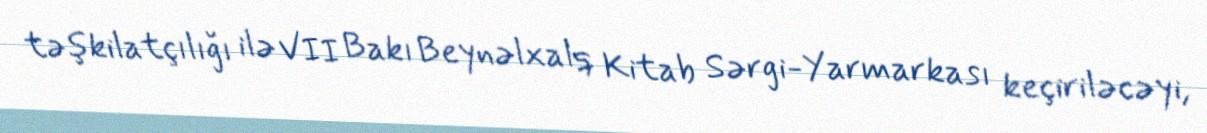
təşkilatçılığı ilə VII Bakı Beynəlxalq Kitab Sərgi-Yarmarkası keçiriləcəyi,